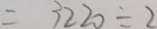
= 3 2 2 0 \div 2